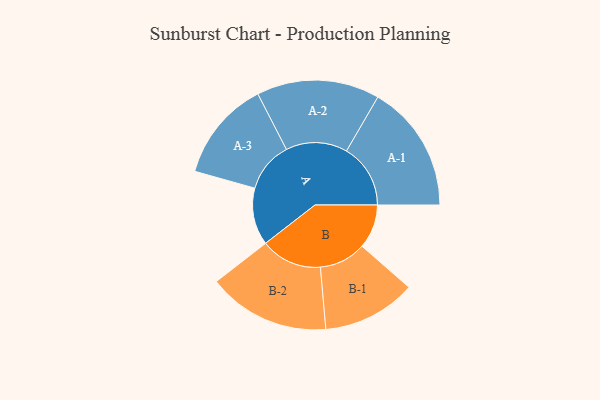
{"axis": {"x": "Segment", "y": "Value"}, "legend": ["", "A", "B"], "data": [{"x": "A", "y": 227, "type": ""}, {"x": "B", "y": 175, "type": ""}, {"x": "A-1", "y": 254, "type": "A"}, {"x": "A-2", "y": 244, "type": "A"}, {"x": "A-3", "y": 200, "type": "A"}, {"x": "B-1", "y": 186, "type": "B"}, {"x": "B-2", "y": 243, "type": "B"}]}